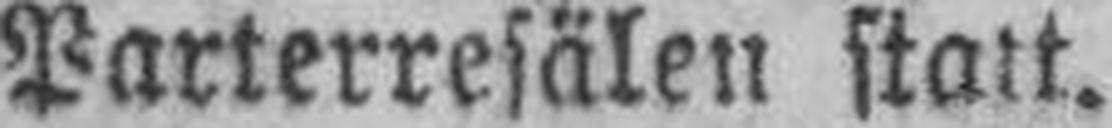
Parterresälen statt.